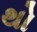
થો